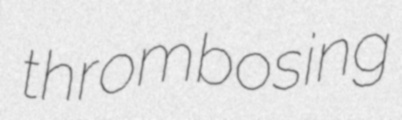
thrombosing